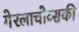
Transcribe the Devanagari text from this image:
गेरलाचोव्सकी